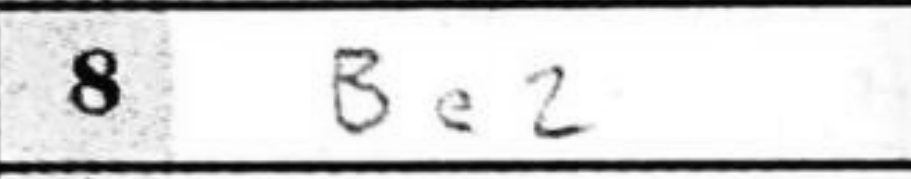
Transcription: Be2